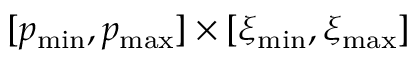
[ p _ { \mathrm { m i n } } , p _ { \mathrm { m a x } } ] \times [ \xi _ { \mathrm { m i n } } , \xi _ { \mathrm { m a x } } ]